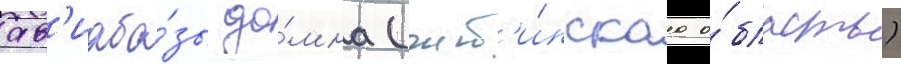
ав'иаба́зы до́мна (чит'и́нскаа о́бласть)